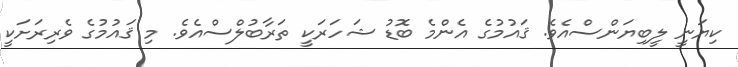
ކިޔަނީ ލީބިޔަންސްއެވެ. ޤައުމުގެ އެންމެ ބޮޑު ޝަހަރަކީ ތަރާބުލްސްއެވެ. މި ޤައުމުގެ ވެރިރަށަކީ